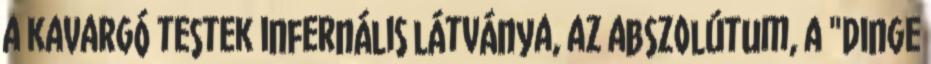
a kavargó testek infernális látványa, az abszolútum, a "Dinge